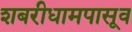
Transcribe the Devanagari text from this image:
शबरीधामपासूव